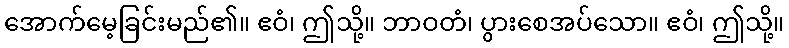
အောက်မေ့ခြင်းမည်၏။ ဧဝံ၊ ဤသို့။ ဘာဝတံ၊ ပွားစေအပ်သော။ ဧဝံ၊ ဤသို့။